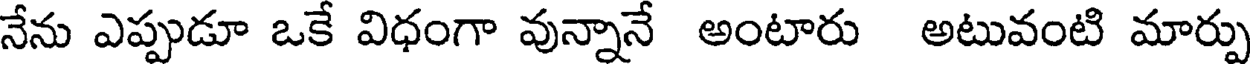
నేను ఎప్పుడూ ఒకే విధంగా వున్నానే అంటారు అటువంటి మార్పు